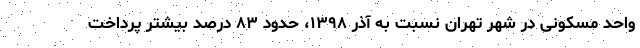
واحد مسکونی در شهر تهران نسبت به آذر ١٣٩٨، حدود ۸۳ درصد بیشتر پرداخت